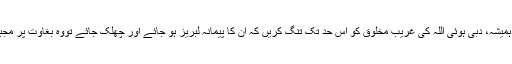
طاقت ور طبقے ہمیشہ، دبی ہوئی اللہ کی غریب مخلوق کو اس حد تک تنگ کریں کہ ان کا پیمانہ لبریز ہو جائے اور چھلک جائے تووہ بغاوت پر مجبور ہو جاتے ہیں۔